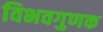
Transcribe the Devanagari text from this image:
विभवगुणक